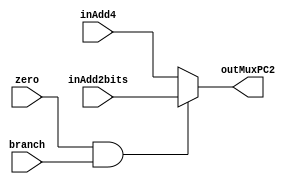
`timescale 1ns /1ps
module MuxPC(
	input [31:0] inAdd4,inAdd2bits,
	input zero,branch,
	output reg[31:0] outMuxPC2
);
wire sel;
assign sel=zero&branch;
always @(*)
begin
	if(sel == 1) outMuxPC2=inAdd2bits;//Elige el sumador de sign + sumador4bits
	else outMuxPC2=inAdd4;//Elige solo sumador4bits 
end
endmodule